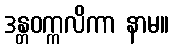
ဒန္တဝက္ကလိကာ နာမ။